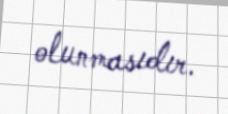
olunmasıdır.